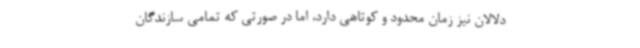
دلالان نیز زمان محدود و کوتاهی دارد، اما در صورتی که تمامی سازندگان